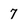
Character: 7